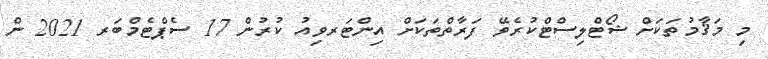
މި މަޤާމުތަކަށް ޝޯޓްލިސްޓްކުރެވޭ ފަރާތްތަކަށް އިންޓަރވިއު ކުރުން 17 ސެޕްޓެމްބަރ 2021 ން